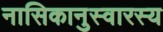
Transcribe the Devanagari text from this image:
नासिकानुस्वारस्य